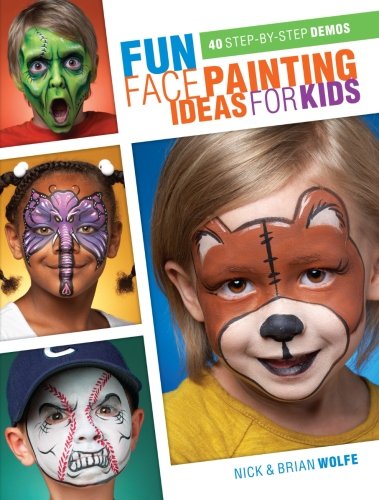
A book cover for Fun Face Painting Ideas for Kids: 40 Step-by-Step Demos; Brian Wolfe; Children's Books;